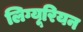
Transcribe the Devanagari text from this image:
लिग्यूरियन